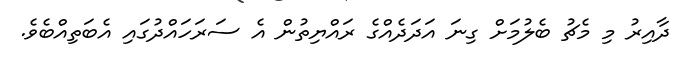
ދާއިރު މި މެޗު ބެލުމަށް ގިނަ އަދަދެއްގެ ރައްޔިތުން އެ ސަރަހައްދުގައި އެބަތިއްބެވެ.